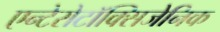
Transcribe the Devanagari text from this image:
एन्टेरोटॉक्सिजेनिक